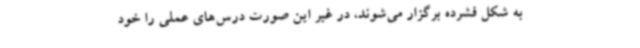
به شکل فشرده برگزار می‌شوند، در غیر این صورت درس‌های عملی را خود